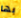
بها